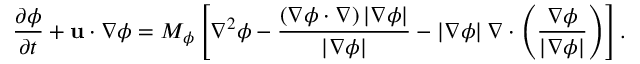
\frac { { \partial \phi } } { { \partial t } } + { \bf { u } } \cdot \nabla \phi = { M _ { \phi } } \left[ { { \nabla ^ { 2 } } \phi - \frac { { \left( { \nabla \phi \cdot \nabla } \right) \left| { \nabla \phi } \right| } } { { \left| { \nabla \phi } \right| } } - \left| { \nabla \phi } \right| \nabla \cdot \left( { \frac { { \nabla \phi } } { { \left| { \nabla \phi } \right| } } } \right) } \right] .